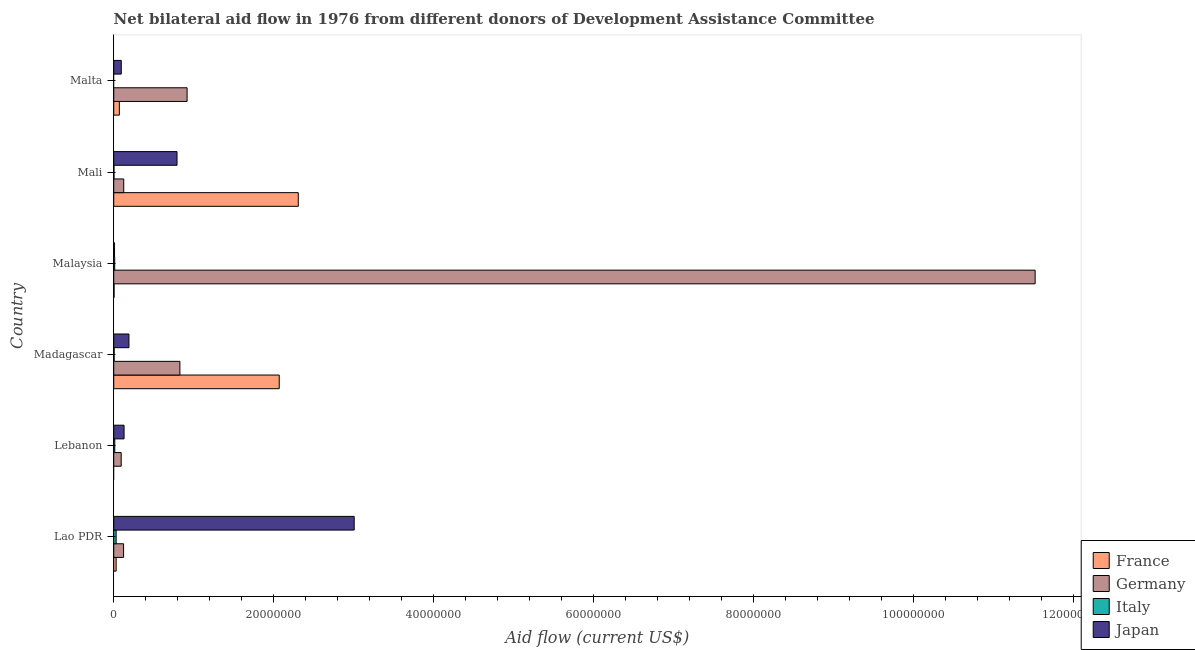
| Country | France | Germany | Italy | Japan |
 | --- | --- | --- | --- | --- |
 | Lao PDR | 3e+05 | 1.23e+06 | 3e+05 | 3.01e+07 |
 | Lebanon | -3e+05 | 9.3e+05 | 1.3e+05 | 1.29e+06 |
 | Madagascar | 2.07e+07 | 8.27e+06 | 5e+04 | 1.9e+06 |
 | Malaysia | 4e+04 | 1.15e+08 | 1.2e+05 | 1e+05 |
 | Mali | 2.31e+07 | 1.25e+06 | 3e+04 | 7.91e+06 |
 | Malta | 7e+05 | 9.17e+06 | -1.74e+06 | 9.4e+05 |